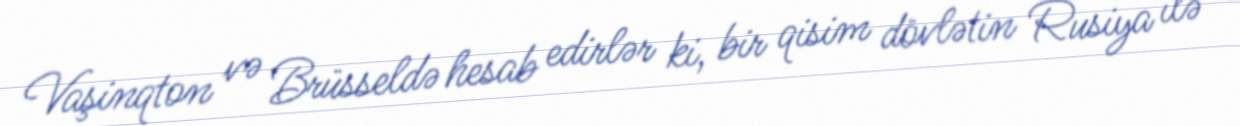
Vaşinqton və Brüsseldə hesab edirlər ki, bir qisim dövlətin Rusiya ilə